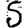
Digit: 5